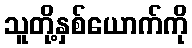
သူတို့နှစ်ယောက်ကို